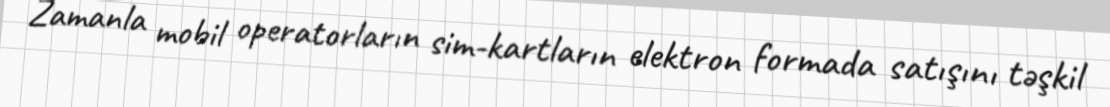
Zamanla mobil operatorların sim-kartların elektron formada satışını təşkil